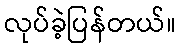
လုပ်ခဲ့ပြန်တယ်။